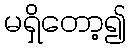
မရှိတော့၍